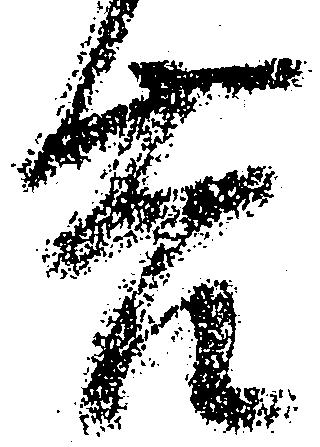
吉